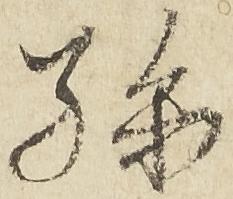
孫